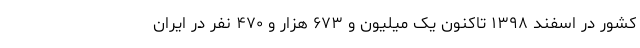
کشور در اسفند ۱۳۹۸ تاکنون یک میلیون و ۶۷۳ هزار و ۴۷۰ نفر در ایران